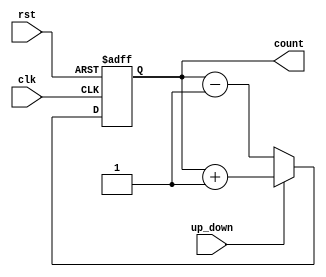
module gray_counter (
    input clk,
    input rst,
    input up_down,
    output reg [3:0] count
);

reg [3:0] next_count;

always @ (posedge clk or posedge rst) begin
    if (rst) begin
        count <= 4'b0000;
    end else begin
        if (up_down) begin
            next_count = count + 1;
        end else begin
            next_count = count - 1;
        end
    
        count <= next_count;
    end
end

endmodule